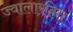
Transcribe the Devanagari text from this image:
ज्वालारहित